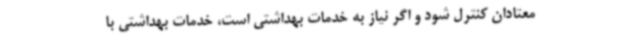
معتادان کنترل شود و اگر نیاز به خدمات بهداشتی است، خدمات بهداشتی با